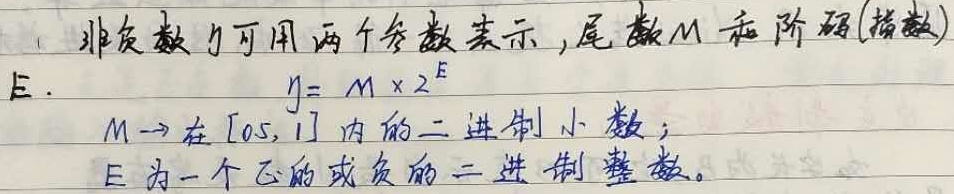
非负数 \(y\) 可用两个参数表示，尾数 \(M\) 和阶码(指数)\(E\)。

\[y = M\times 2^{E}\]

\(M\) 表示在 \([0.5,1]\) 内的二进制小数；\(E\) 为一个正的或负的二进制整数。